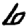
Digit: 6